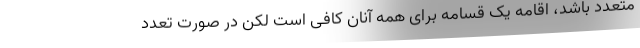
متعدد باشد، اقامه یک قسامه برای همه آنان کافی است لکن در صورت تعدد